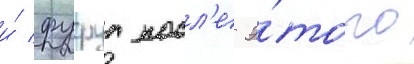
и́ фуруа посл'е э́того